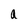
Character: a